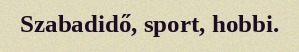
Szabadidő, sport, hobbi.